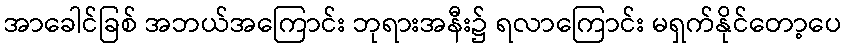
အာခေါင်ခြစ် အဘယ်အကြောင်း ဘုရားအနီး၌ ရလာကြောင်း မရှက်နိုင်တော့ပေ